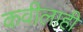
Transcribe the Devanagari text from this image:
कवीलाही